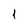
Character: 1